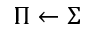
\Pi \leftarrow \Sigma